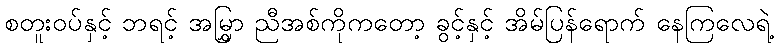
စတူးဝပ်နှင့် ဘရင့် အမြွှာ ညီအစ်ကိုကတော့ ခွင့်နှင့် အိမ်ပြန်ရောက် နေကြလေရဲ့